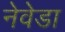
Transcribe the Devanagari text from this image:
नेवेडा